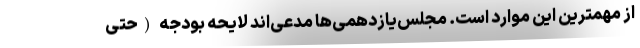
از مهمترین این موارد است. مجلس‌یازدهمی‌ها مدعی‌اند لایحه بودجه (حتی